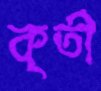
কৃর্তী